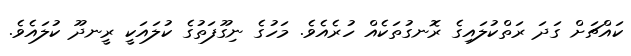
ކައްޗަށް ގަދަ ރަތްކުލައިގެ ރޮނގުތަކެއް ހުރެއެވެ. މަހުގެ ނިގޫފަތުގެ ކުލައަކީ ރީނދޫ ކުލައެވެ.